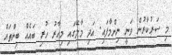
މި ސަރުކާރުން ވަނީ ނިންމާފައި. އަދި މާލޭގައި މިހާރު ހުރި ބައެއް ބިންތައް